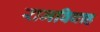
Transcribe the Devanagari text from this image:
रामविवाह